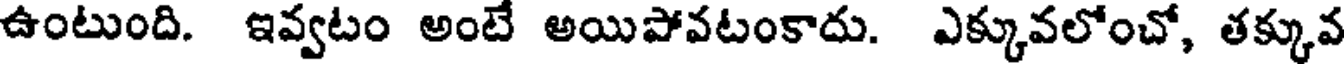
ఉంటుంది. ఇవ్వటం అంటే అయిపోవటంకాదు. ఎక్కువలోంచో, తక్కువ